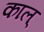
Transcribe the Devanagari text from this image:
काल्